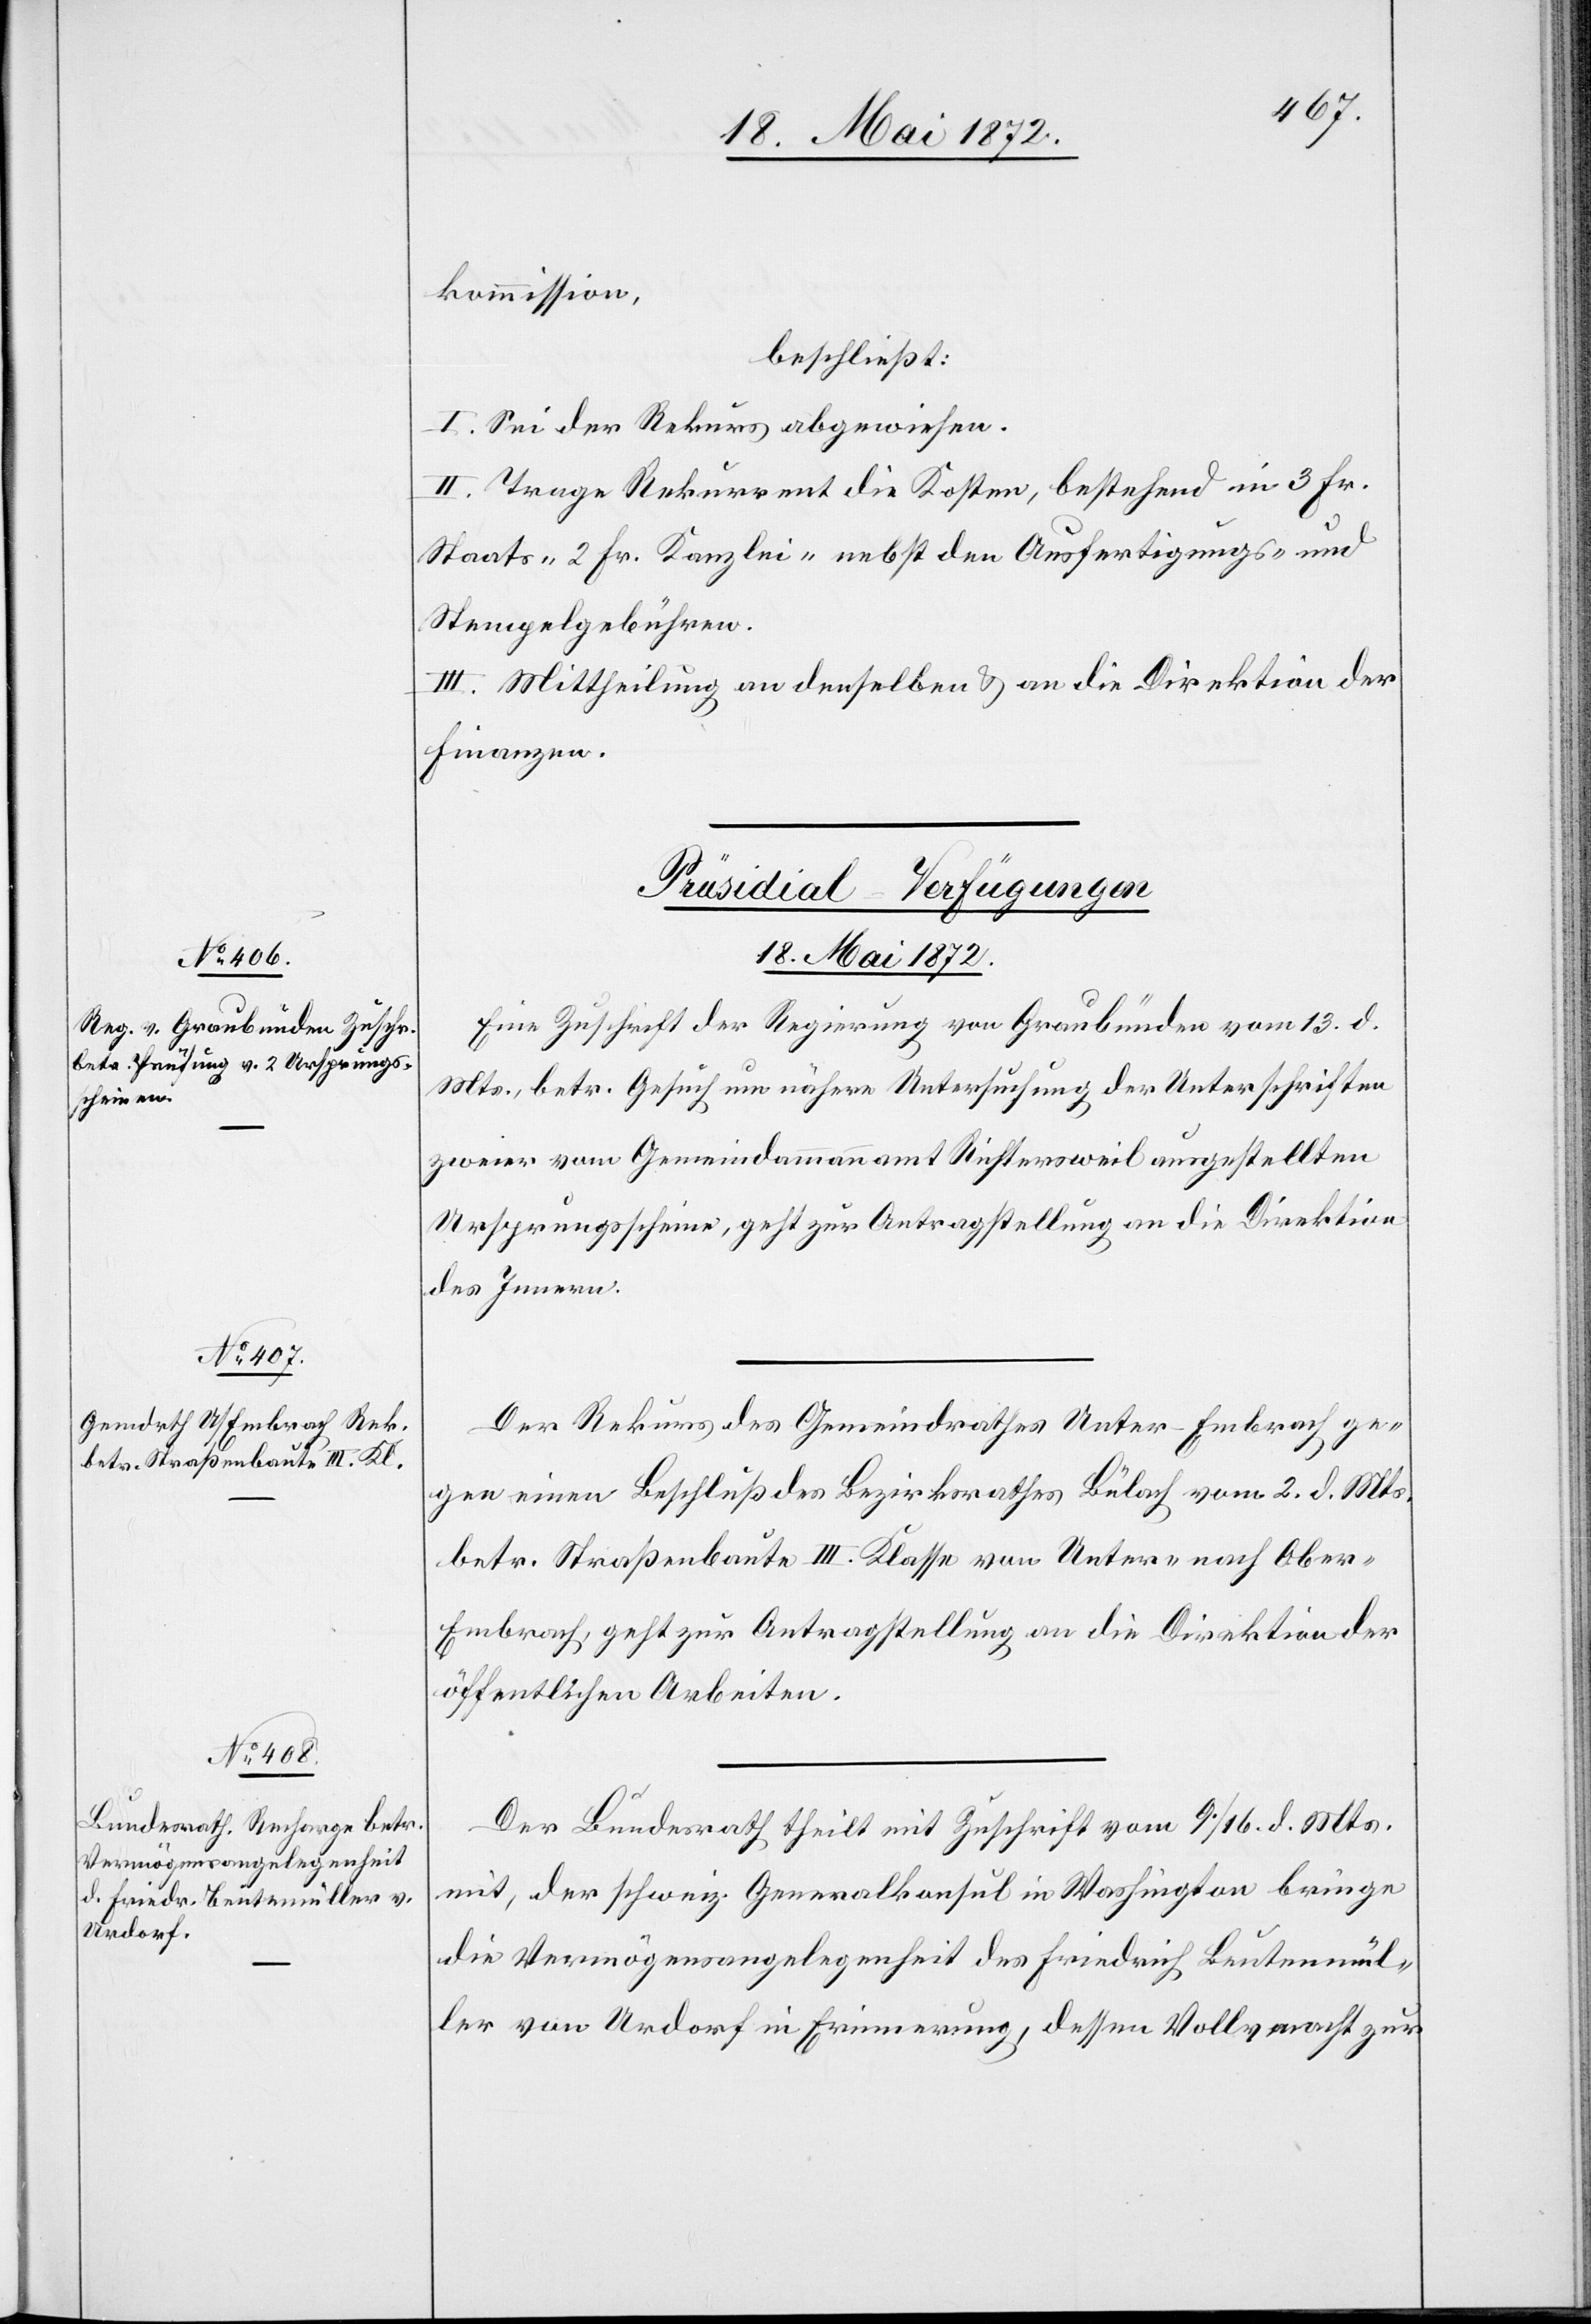
18. Mai 1872.]
kommisson,
beschließt:
I. Sei der Rekurs abgewiesen.
II. Trage Rekurrent die Kosten, bestehend in 3 Fr.
Staats-[,] 2 Fr. Kanzlei-[,] nebst den Ausfertigungs- und
Stempelgebühren.
III. Mittheilung an denselben u. an die Direktion der
Finanzen.
[Präsidial-Verfügungen
Eine Zuschrift der Regierung von Graubünden vom 13. d.
Mts., betr. Gesuch um nähere Untersuchung der Unterschriften
zweier vom Gemeindammannamt Richtersweil ausgestellten
Ursprungsscheine, geht zur Antragstellung an die Direktion
des Innern.
Der Rekurs des Gemeindrathes Unter-Embrach ge¬
gen einen Beschluß des Bezirksrathes Bülach vom 2. d. Mts.
betr. Straßenbaute III. Klasse von Unter- nach Obe¬
r-Embrach, geht zur Antragstellung an die Direktion der
öffentlichen Arbeiten.
Der Bundesrath theilt mit Zuschrift vom 9./16. d. Mts.
mit, der schweiz. Generalkonsul in Washington bringe
die Vermögensangelegenheit des Friedrich Beutenmül¬
ler von Urdorf in Erinnerung, dessen Vollvmacht